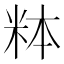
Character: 𬖓